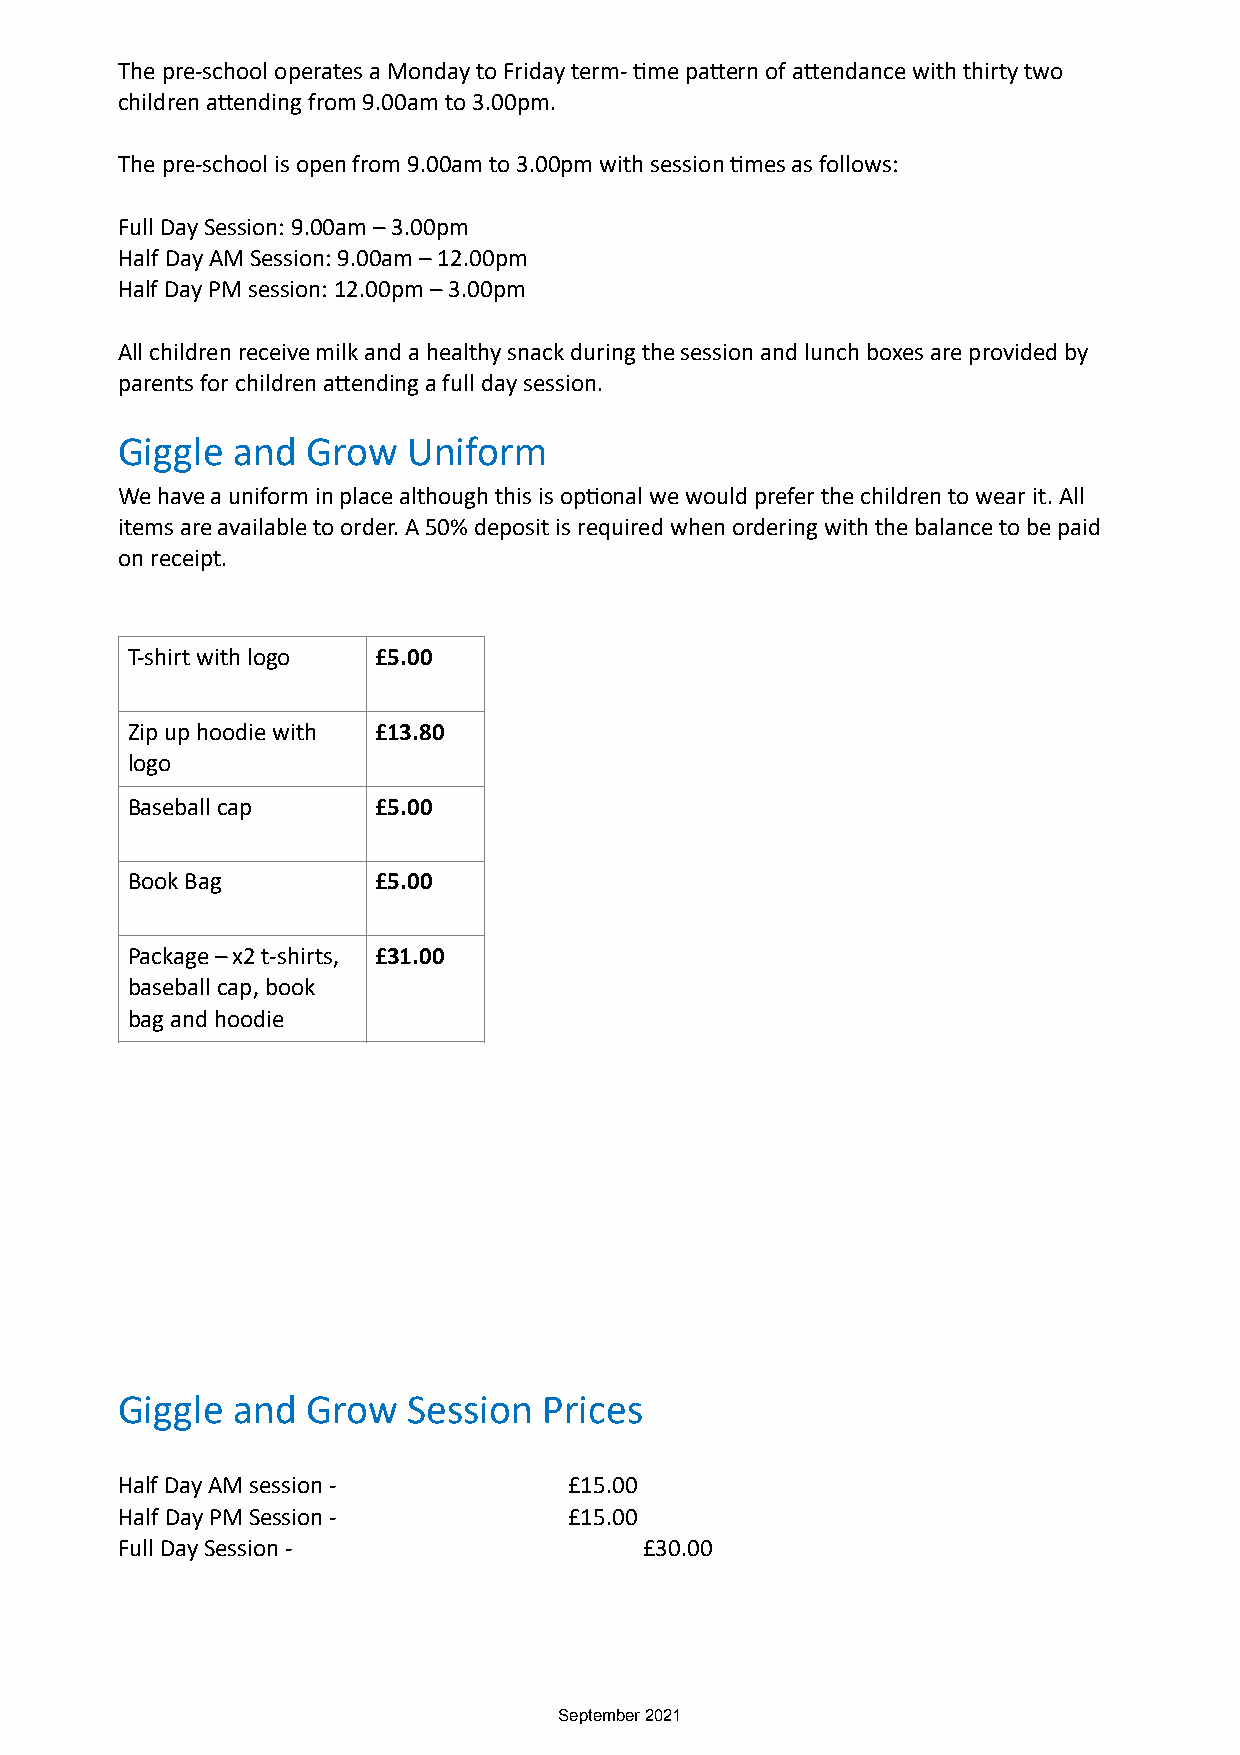
The pre-school operates a Monday to Friday term- Dme paOern of aOendance with thirty two
 children aOending from 9.00am to 3.00pm.
 The pre-school is open from 9.00am to 3.00pm with session Dmes as follows:
 Full Day Session: 9.00am – 3.00pm
 Half Day AM Session: 9.00am – 12.00pm
 Half Day PM session: 12.00pm – 3.00pm
 All children receive milk and a healthy snack during the session and lunch boxes are provided by
 parents for children aOending a full day session.
 Giggle and  Grow   Uniform
 We have a uniform in place although this is opDonal we would prefer the children to wear it. All
 items are available to order. A 50% deposit is required when ordering with the balance to be paid
 on receipt.
 T-shirt with logo £5.00
 Zip up hoodie with £13.80
 logo
 Baseball cap     £5.00
 Book Bag         £5.00
 Package – x2 t-shirts, £31.00
 baseball cap, book
 bag and hoodie
 Giggle and  Grow   Session  Prices
 Half Day AM session -         £15.00
 Half Day PM Session -         £15.00
 Full Day Session -                 £30.00
 September 2021